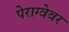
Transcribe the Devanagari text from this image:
पेराग्वेवर